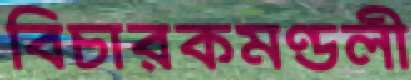
বিচারকমণ্ডলী